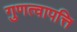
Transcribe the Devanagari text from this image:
गुणत्वापत्ति